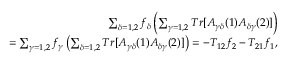
\begin{array} { r } { \sum _ { \delta = 1 , 2 } f _ { \delta } \left( \sum _ { \gamma = 1 , 2 } T r [ A _ { \gamma \delta } ( 1 ) A _ { \delta \gamma } ( 2 ) ] \right) } \\ { = \sum _ { \gamma = 1 , 2 } f _ { \gamma } \left( \sum _ { \delta = 1 , 2 } T r [ A _ { \gamma \delta } ( 1 ) A _ { \delta \gamma } ( 2 ) ] \right) = - T _ { 1 2 } f _ { 2 } - T _ { 2 1 } f _ { 1 } , } \end{array}